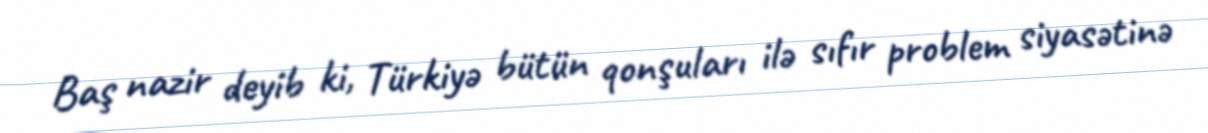
Baş nazir deyib ki, Türkiyə bütün qonşuları ilə sıfır problem siyasətinə